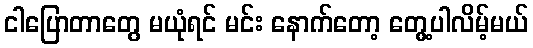
ငါပြောတာတွေ မယုံရင် မင်း နောက်တော့ တွေ့ပါလိမ့်မယ်